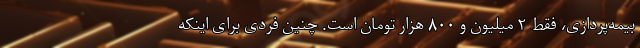
بیمه‌پردازی، فقط ۲ میلیون و ۸۰۰ هزار تومان است. چنین فردی برای اینکه